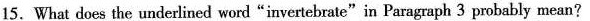
15.What does the underlined word"invertebrate"in Paragraph 3 probably mean?